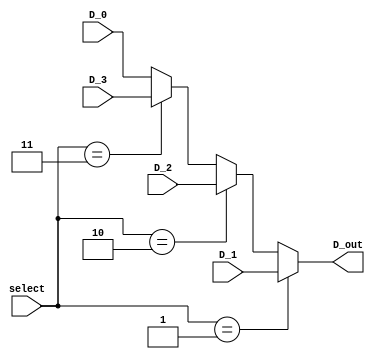
module mux_4 (D_0, D_1, D_2, D_3, select, D_out); 
    input D_0, D_1, D_2, D_3;
    input [1:0] select;  
    output reg D_out; 

    always @(select, D_0, D_1, D_2, D_3)
    begin
        if (select == 2'b01)
            D_out = D_1;
        else if (select == 2'b10)
            D_out = D_2;
        else if (select == 2'b11)
            D_out = D_3;
        else
            D_out = D_0;
    end
endmodule